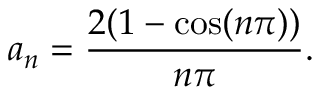
a _ { n } = \frac { 2 ( 1 - \cos ( n \pi ) ) } { n \pi } .